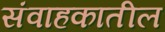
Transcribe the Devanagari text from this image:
संवाहकातील